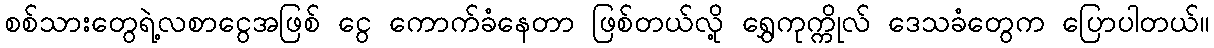
စစ်သားတွေရဲ့လစာငွေအဖြစ် ငွေ ကောက်ခံနေတာ ဖြစ်တယ်လို့ ရွှေကုက္ကိုလ် ဒေသခံတွေက ပြောပါတယ်။